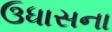
ઉધાસના